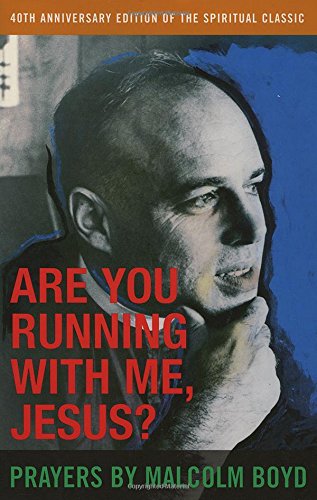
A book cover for Are You Running With Me, Jesus?; Malcolm Boyd; Christian Books & Bibles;